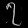
Digit: ၇